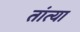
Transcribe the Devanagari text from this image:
तांत्‍या